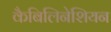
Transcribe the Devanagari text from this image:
कैबिलिनेशियन